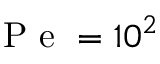
\mathrm { ~ P ~ e ~ } = 1 0 ^ { 2 }